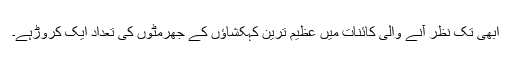
ابھی تک نظر آنے والی کائنات میں عظیم ترین کہکشاؤں کے جھرمٹوں کی تعداد ایک کروڑہے۔